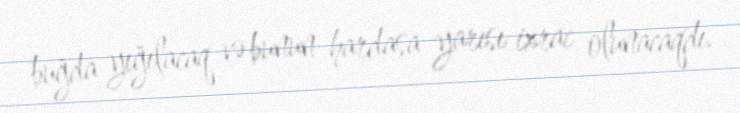
buğda yığılacaq və bunun hardasa yarısı ixrac olunacaqdı.